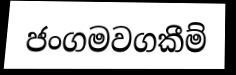
ජංගමවගකීම්